Report of the veterinary officer investigating camel disease
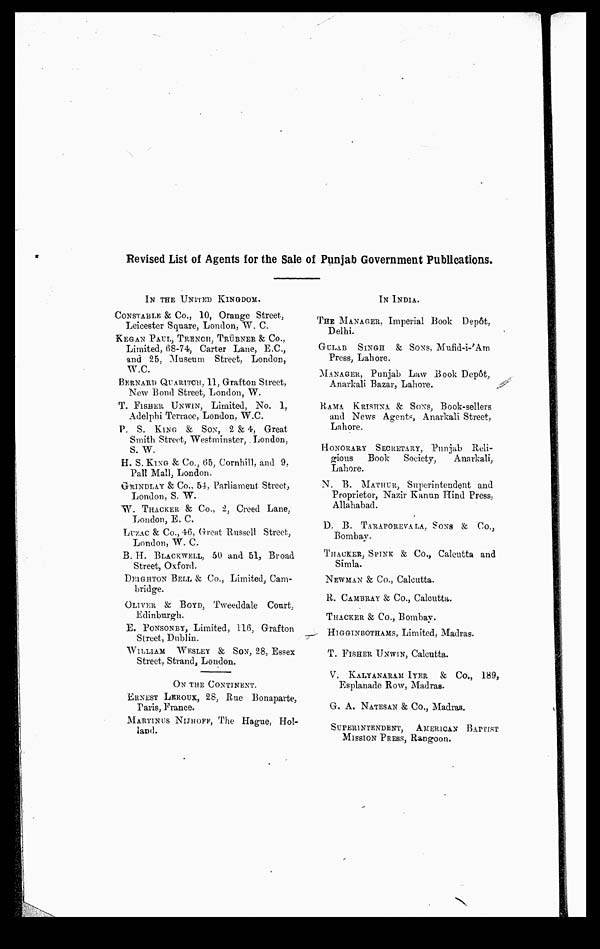
Revised List of Agents for the Sale of Punjab Government Publications.
IN THE UNITED KINGDOM.
CONSTABLE & Co., 10, Orange Street,
Leicester Square, London, W. C.
KEGAN PAUL, TRENCH, TRÜBNER & Co.,
Limited, 68-74, Carter Lane, E.C.,
and 25, Museum Street, London,
W.C.
BERNARD QUARITCH, 11, Grafton Street,
New Bond Street, London, W.
T. FISHER UNWIN, Limited, No. 1,
Adelphi Terrace, London, W.C.
P. S. KING & SON, 2 & 4, Great
Smith Street, Westminster, London,
S. W.
H. S. KING & Co., 65, Cornhill, and 9.
Pall Mall, London.
GRINDLAY & Co., 54, Parliament Street,
London, S. W.
W. THACKER & Co., 2, Creed Lane,
London, E. C.
LUZAC & Co., 46, Great Russell Street,
London, W. C.
B. H. BLACKWELL, 50 and 61, Broad
Street, Oxford.
DEIGHTON BELL & Co., Limited, Cam-
bridge.
OLIVER & BOYD, Tweeddale Court.
Edinburgh.
E. PONSONBY, Limited, 116, Grafton
Street, Dublin.
WILLIAM WESLEY & SON, 28, Essex
Street, Strand, London.
ON THE CONTINENT.
ERNEST LEROUX, 28, Rue Bonaparte,
Paris, France.
MARTINUS NIJHOFF, The Hague, Hol-
land.
IN INDIA.
THE MANAGER, Imperial Book Depôt,
Delhi.
GULAB SINGH & SONS, Mufid-i- Am
Press, Lahore.
MANAGER, Punjab Law Book Depôt,
Anarkali Bazar, Lahore.
RAMA KRISHNA & SONS, Book-sellers
and News Agents, Anarkali Street,
Lahore.
HONORARY SECRETARY, Punjab Reli-
gious
Book
Society,
Anarkali,
Lahore.
N. B. MATHUR, Superintendent and
Proprietor, Nazir Kanun Hind Press,
Allahabad.
D. B. TARAPOREVALA, SONS & Co.,
Bombay.
THACKER, SPINK & Co., Calcutta and
Simla.
NEWMAN & Co., Calcutta.
R. CAMBRAY & Co., Calcutta.
THACKER & Co., Bombay.
HIGGINBOTHAMS, Limited, Madras.
T. FISHER UNWIN, Calcutta.
V. KALYANARAM IYER & Co., 189,
Esplanade Row, Madras.
G. A. NATESAN & Co., Madras.
SUPERINTENDENT, AMERICAN BAPTIST
MISSION PRESS, Rangoon.